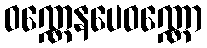
ဝဏ္ဏေနပေဝဏ္ဏော